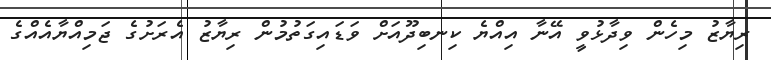
ރިޔާޒު މިހެން ވިދާޅުވީ އޭނާ އިއްޔެ ކިނބިދޫއަށް ވަޑައިގަތުމުން ރިޔާޒު އެރަށުގެ ޖަމިއްޔާއެއްގެ